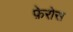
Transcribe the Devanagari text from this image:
फ़ेरोस